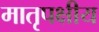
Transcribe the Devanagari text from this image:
मातृपक्षीय